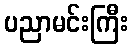
ပညာမင်းကြီး